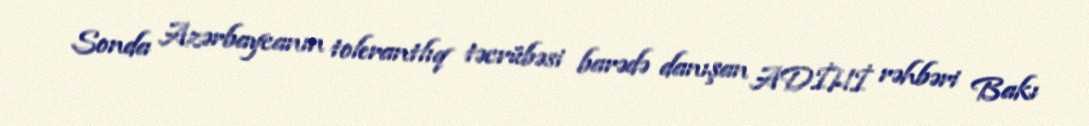
Sonda Azərbaycanın tolerantlıq təcrübəsi barədə danışan ADİHİ rəhbəri Bakı